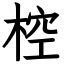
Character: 椌